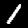
Label: 1